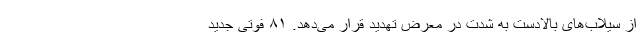
از سیلاب‌های بالادست به شدت در معرض تهدید قرار می‌دهد. ۸۱ فوتی جدید